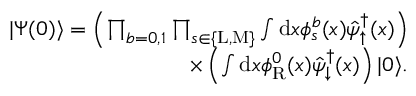
\begin{array} { r } { | \Psi ( 0 ) \rangle = \left( \prod _ { b = 0 , 1 } \prod _ { s \in \{ \mathrm { L } , \mathrm { M } \} } \int \mathrm { d } x \phi _ { s } ^ { b } ( x ) \hat { \psi } _ { \uparrow } ^ { \dagger } ( x ) \right) } \\ { \times \left( \int \mathrm { d } x \phi _ { \mathrm { R } } ^ { 0 } ( x ) \hat { \psi } _ { \downarrow } ^ { \dagger } ( x ) \right) | 0 \rangle . } \end{array}